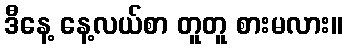
ဒီနေ့ နေ့လယ်စာ တူတူ စားမလား။